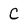
Character: C